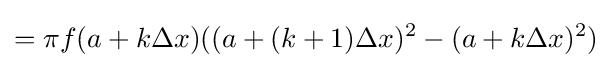
=\pi f(a+k\Delta x)((a+(k+1)\Delta x)^{2}-(a+k\Delta x)^{2})